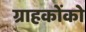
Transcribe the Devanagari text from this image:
ग्राहकोंको